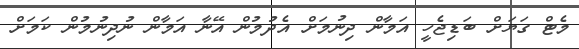
މެޓް ގަޔަށް ބަޑިޖެހީ އަމާން ދިނުމަށް އެދުމުން އޭނާ އަމާން ނުދިނުމުން ކަމަށް